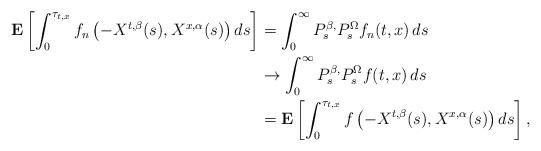
LaTeX: \begin{align*}\mathbf E\left[\int_0^{\tau_{t,x}} f_n\left(-X^{t,\beta}(s),X^{x,\alpha}(s)\right) ds\right]&= \int_0^\infty P_s^{\beta,}P_s^\Omega f_n(t,x)\,ds\\&\to \int_0^\infty P_s^{\beta,}P_s^\Omega f(t,x)\,ds\\&= \mathbf E\left[\int_0^{\tau_{t,x}}f\left(-X^{t,\beta}(s),X^{x,\alpha}(s)\right) ds\right],\end{align*}